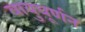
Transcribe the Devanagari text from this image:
वायुघूर्णन